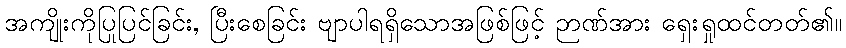
အကျိုးကိုပြုပြင်ခြင်း, ပြီးစေခြင်း ဗျာပါရရှိသောအဖြစ်ဖြင့် ဉာဏ်အား ရှေးရှုထင်တတ်၏။